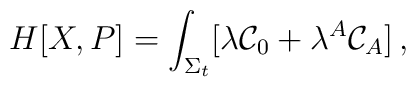
H[X,P]=\int_{\Sigma _{t}}[\lambda {\cal C}_{0}+\lambda ^{A}{\cal C}_{A}]\,,